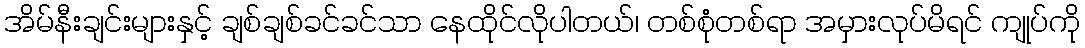
အိမ်နီးချင်းများနှင့် ချစ်ချစ်ခင်ခင်သာ နေထိုင်လိုပါတယ်၊ တစ်စုံတစ်ရာ အမှားလုပ်မိရင် ကျုပ်ကို